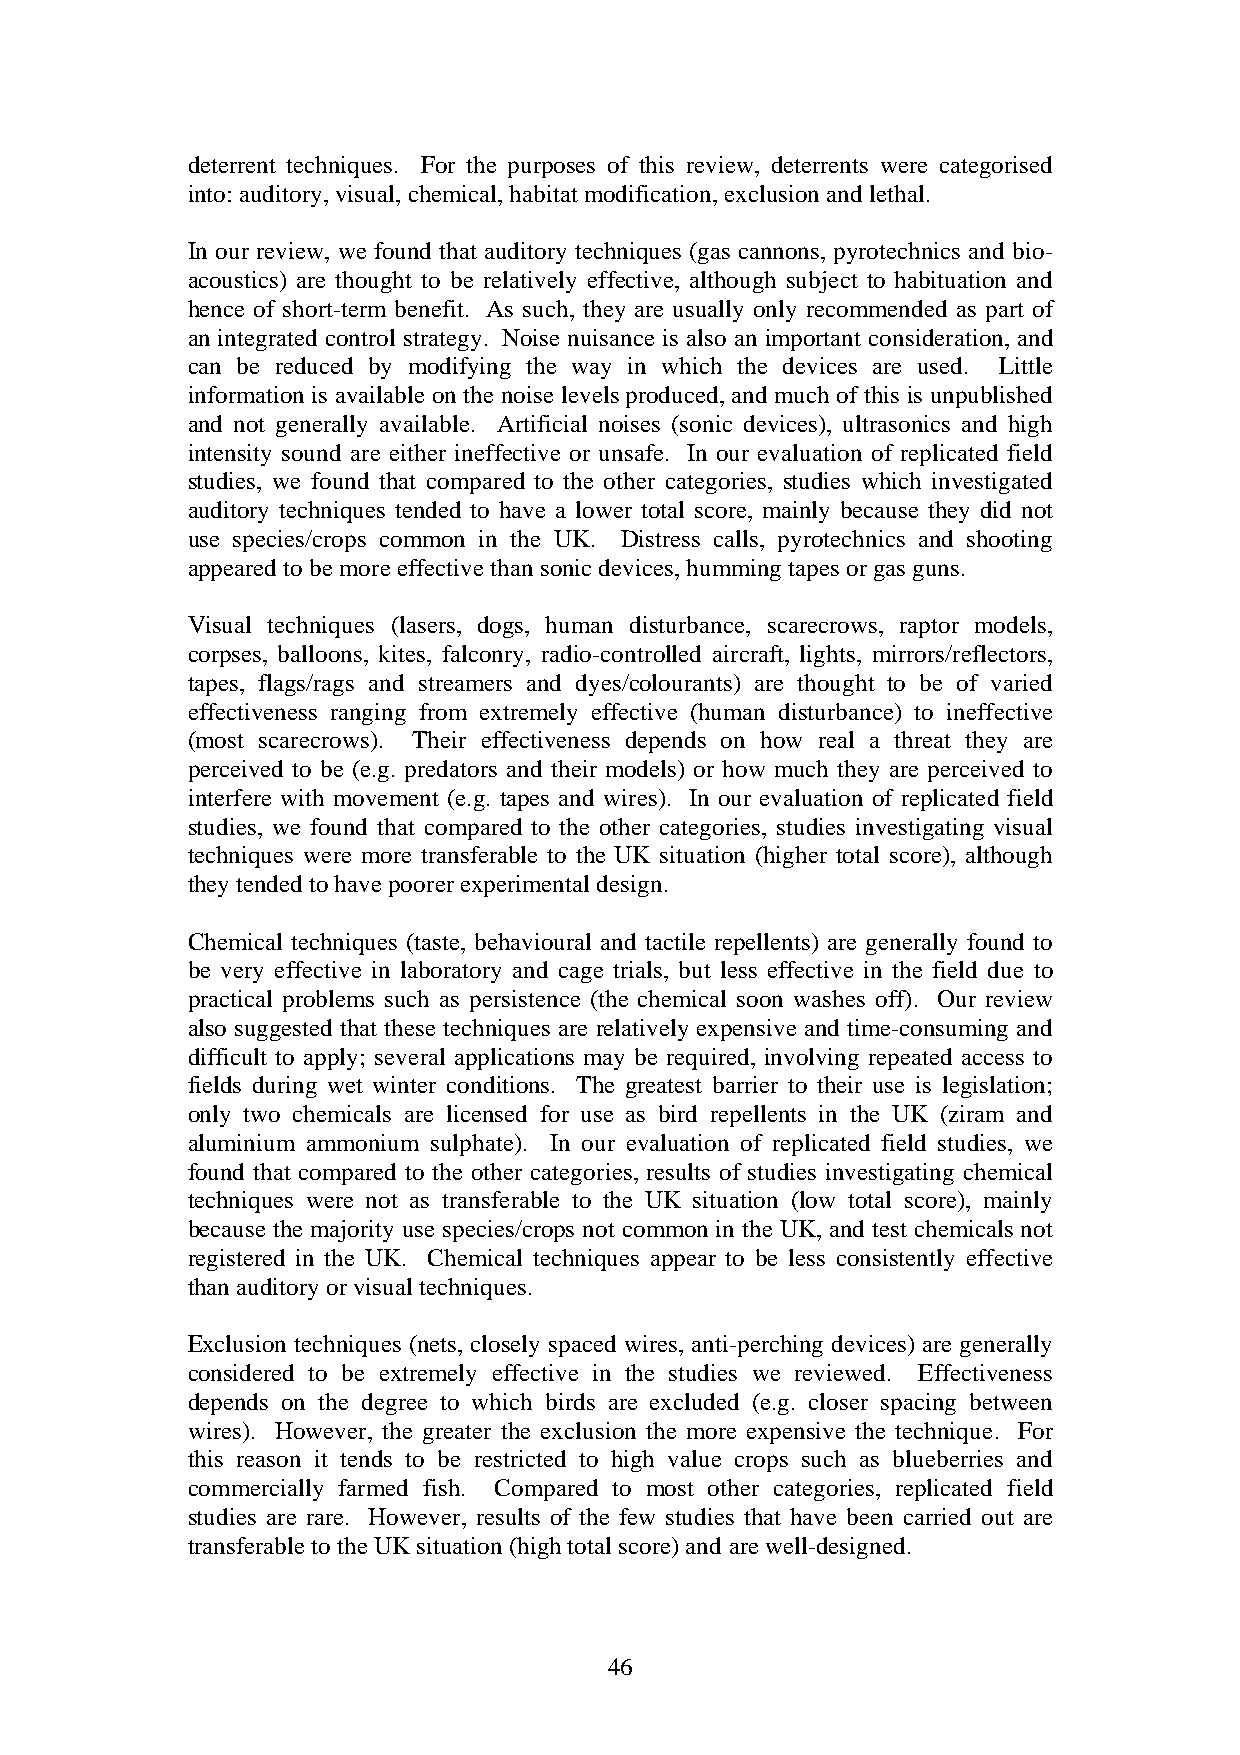
deterrent techniques. For the purposes of this review, deterrents were categorised
 into: auditory, visual, chemical, habitat modification, exclusion and lethal.
 In our review, we found that auditory techniques (gas cannons, pyrotechnics and bio-
 acoustics) are thought to be relatively effective, although subject to habituation and
 hence of short-term benefit. As such, they are usually only recommended as part of
 an integrated control strategy. Noise nuisance is also an important consideration, and
 can be reduced by modifying the way in which the devices are used. Little
 information is available on the noise levels produced, and much of this is unpublished
 and not generally available. Artificial noises (sonic devices), ultrasonics and high
 intensity sound are either ineffective or unsafe. In our evaluation of replicated field
 studies, we found that compared to the other categories, studies which investigated
 auditory techniques tended to have a lower total score, mainly because they did not
 use species/crops common in the UK. Distress calls, pyrotechnics and shooting
 appeared to be more effective than sonic devices, humming tapes or gas guns.
 Visual techniques (lasers, dogs, human disturbance, scarecrows, raptor models,
 corpses, balloons, kites, falconry, radio-controlled aircraft, lights, mirrors/reflectors,
 tapes, flags/rags and streamers and dyes/colourants) are thought to be of varied
 effectiveness ranging from extremely effective (human disturbance) to ineffective
 (most scarecrows). Their effectiveness depends on how real a threat they are
 perceived to be (e.g. predators and their models) or how much they are perceived to
 interfere with movement (e.g. tapes and wires). In our evaluation of replicated field
 studies, we found that compared to the other categories, studies investigating visual
 techniques were more transferable to the UK situation (higher total score), although
 they tended to have poorer experimental design.
 Chemical techniques (taste, behavioural and tactile repellents) are generally found to
 be very effective in laboratory and cage trials, but less effective in the field due to
 practical problems such as persistence (the chemical soon washes off). Our review
 also suggested that these techniques are relatively expensive and time-consuming and
 difficult to apply; several applications may be required, involving repeated access to
 fields during wet winter conditions. The greatest barrier to their use is legislation;
 only two chemicals are licensed for use as bird repellents in the UK (ziram and
 aluminium ammonium sulphate). In our evaluation of replicated field studies, we
 found that compared to the other categories, results of studies investigating chemical
 techniques were not as transferable to the UK situation (low total score), mainly
 because the majority use species/crops not common in the UK, and test chemicals not
 registered in the UK. Chemical techniques appear to be less consistently effective
 than auditory or visual techniques.
 Exclusion techniques (nets, closely spaced wires, anti-perching devices) are generally
 considered to be extremely effective in the studies we reviewed. Effectiveness
 depends on the degree to which birds are excluded (e.g. closer spacing between
 wires). However, the greater the exclusion the more expensive the technique. For
 this reason it tends to be restricted to high value crops such as blueberries and
 commercially farmed fish. Compared to most other categories, replicated field
 studies are rare. However, results of the few studies that have been carried out are
 transferable to the UK situation (high total score) and are well-designed.
 46